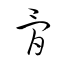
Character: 骨